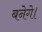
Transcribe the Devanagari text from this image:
बनेगे।